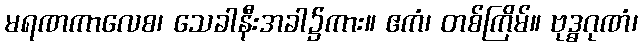
မရဏကာလေစ၊ သေခါနီးအခါ၌ကား။ ဧကံ၊ တစ်ကြိမ်။ ဗုဒ္ဓဂုဏံ၊